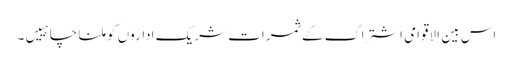
اس بین الاقوامی اشتراک کے ثمرات شریک اداروں کو ملنا چاہییں۔